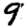
Digit: 9